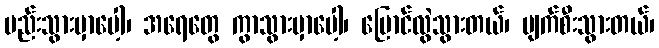
မည်းသွားမှာပေါ့၊ အရေတွေ ကွာသွားမှာပေါ့၊ ပြောင်လွဲသွားတယ်၊ ပျက်စီးသွားတယ်၊